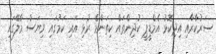
ސަރުކާރާއި އިދިކޮޅު އެމްޑީޕީ ކުދިންތައް ކިތަންމެ ރުޅި އައި ކަމުގައި ވިޔަސް މާލޭގައި